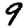
Digit: 9